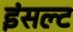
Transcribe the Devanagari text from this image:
इंसल्ट